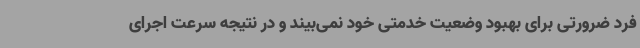
فرد ضرورتی برای بهبود وضعیت خدمتی خود نمی‌بیند و در نتیجه سرعت اجرای